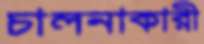
চালনাকারী